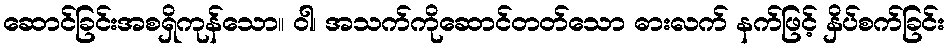
ဆောင်ခြင်းအစရှိကုန်သော။ ဝါ၊ အသက်ကိုဆောင်တတ်သော ဓားလက် နက်ဖြင့် နှိပ်စက်ခြင်း